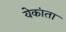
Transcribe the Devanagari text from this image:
येकांता